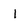
Character: 1